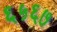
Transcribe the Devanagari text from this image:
६५६७